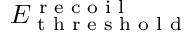
E _ { \textup { t h r e s h o l d } } ^ { \textup { r e c o i l } }